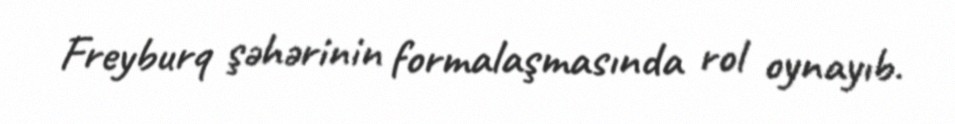
Freyburq şəhərinin formalaşmasında rol oynayıb.